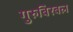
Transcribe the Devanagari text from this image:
गुरुबिरबल